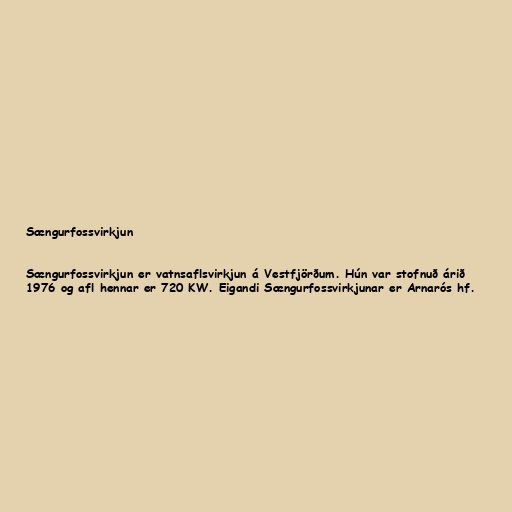
Sængurfossvirkjun

Sængurfossvirkjun er vatnsaflsvirkjun á Vestfjörðum. Hún var stofnuð árið
1976 og afl hennar er 720 KW. Eigandi Sængurfossvirkjunar er Arnarós hf.